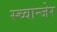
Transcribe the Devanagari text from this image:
स्च्वान्जेर